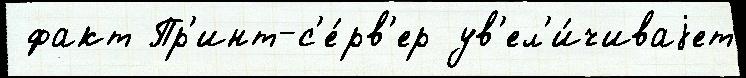
 факт Пр'инт-с'е́рв'ер ув'ел'и́чиваjет